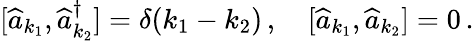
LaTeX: [\widehat{a}_{k_{1}},\widehat{a}_{k_{2}}^{\dagger}]=\delta(k_{1}-k_{2})\, ,\quad[\widehat{a}_{k_{1}},\widehat{a}_{k_{2}}]=0\, .